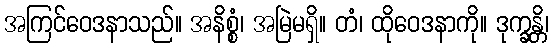
အကြင်ဝေဒနာသည်။ အနိစ္စံ၊ အမြဲမရှိ။ တံ၊ ထိုဝေဒနာကို။ ဒုက္ခန္တိ၊